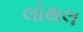
લોથલ